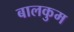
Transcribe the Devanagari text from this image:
बालकुम